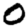
Digit: 0